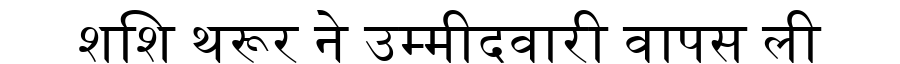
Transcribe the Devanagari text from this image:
शशि थरूर ने उम्मीदवारी वापस ली